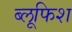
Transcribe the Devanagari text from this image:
ब्लूफिश